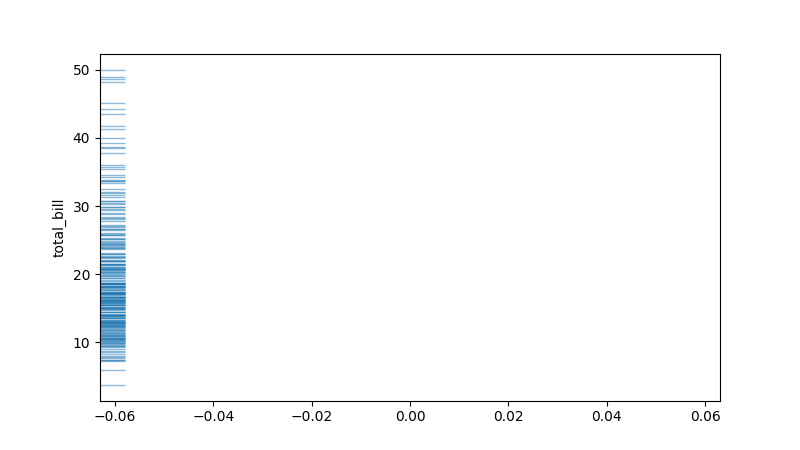
python, seaborn, rugplot, height=0.04, axis='y', alpha=0.5